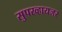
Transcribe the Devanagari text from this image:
सुपरव्हायजर